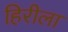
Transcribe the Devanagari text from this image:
हिरीला